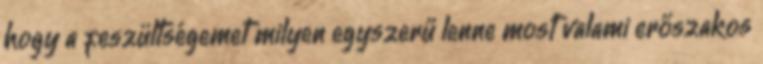
hogy a feszültségemet milyen egyszerű lenne most valami erőszakos